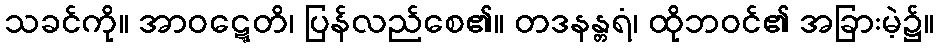
သခင်ကို။ အာဝဋ္ဋေတိ၊ ပြန်လည်စေ၏။ တဒနန္တရံ၊ ထိုဘဝင်၏ အခြားမဲ့၌။